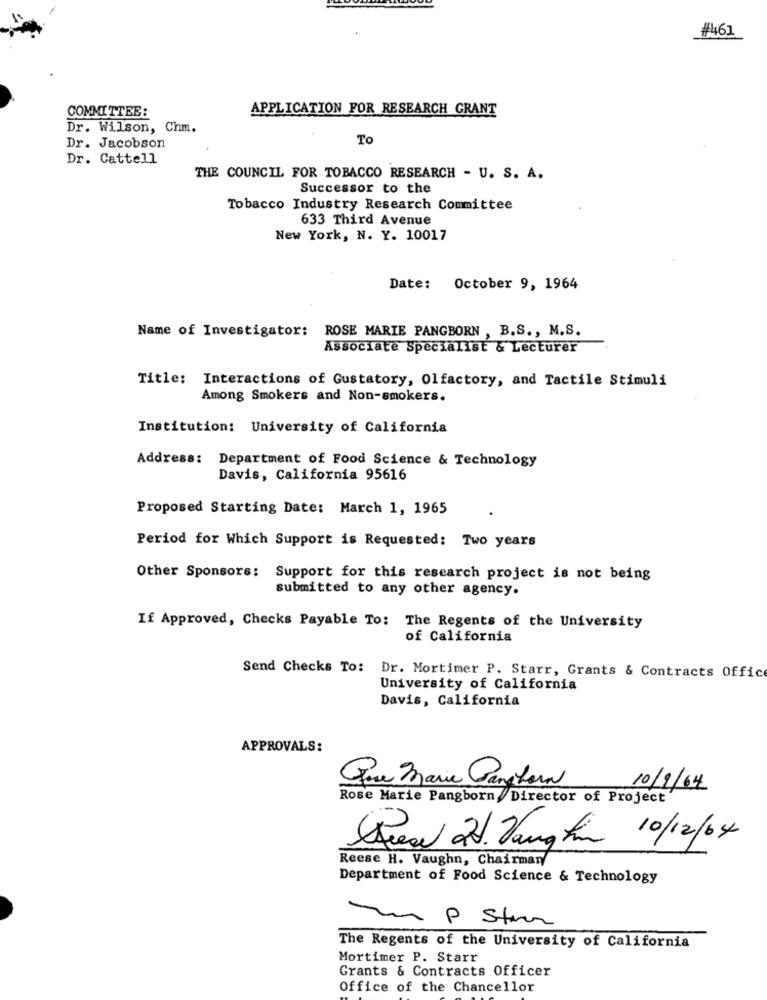
#461
COMMITTEE:
APPLICATION FOR RESEARCH GRANT
Dr. Wilson, Chm.
To
Dr. Jacobson
Dr. Cattell
THE COUNCIL FOR TOBACCO RESEARCH - U. S. A.
Successor to the
Tobacco Industry Research Committee
633 Third Avenue
New York, N. Y. 10017
Date: October 9, 1964
Name of Investigator: ROSE MARIE PANGBORN , B.S ., M.S.
Associate Specialist & Lecturer
Title: Interactions of Gustatory, Olfactory, and Tactile Stimuli
Among Smokers and Non-smokers.
Institution: University of California
Address: Department of Food Science & Technology
Davis, California 95616
Proposed Starting Date: March 1, 1965
Period for Which Support is Requested: Two years
Other Sponsors: Support for this research project is not being
submitted to any other agency.
If Approved, Checks Payable To: The Regents of the University
of California
Send Checks To: Dr. Mortimer P. Starr, Grants & Contracts Office
University of California
Davis, California
APPROVALS:
Que Marie Ganghora
10/9/64
Rose Marie Pangborn, Director of Project
De 2d Vangfin 10/12/04
Reese H. Vaughn, Chairman
Department of Food Science & Technology
P Stuur
The Regents of the University of California
Mortimer P. Starr
Grants & Contracts Officer
Office of the Chancellor